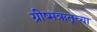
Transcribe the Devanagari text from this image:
ग्रीष्मऋतूच्या